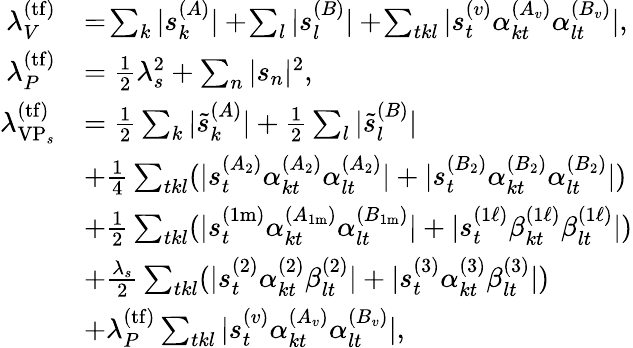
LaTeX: \begin{array}{rl}{\lambda_{V}^{(\mathrm{tf})}}&{=\! \sum_{k}|s_{k}^{(A)}|+\! \sum_{l}|s_{l}^{(B)}|+\! \sum_{tkl}|s_{t}^{(v)}\alpha_{kt}^{(A_{v})}\alpha_{lt}^{(B_{v})}|,}\\ {\lambda_{P}^{(\mathrm{tf})}}&{=\frac{1}{2}\lambda_{s}^{2}+\sum_{n}|s_{n}|^{2},}\\ {\lambda_{\mathrm{VP}_{s}}^{(\mathrm{tf})}}&{=\frac{1}{2}\sum_{k}|\tilde{s}_{k}^{(A)}|+\frac{1}{2}\sum_{l}|\tilde{s}_{l}^{(B)}|}\\ &{+\frac{1}{4}\sum_{tkl}(|s_{t}^{(A_{2})}\alpha_{kt}^{(A_{2})}\alpha_{lt}^{(A_{2})}|+|s_{t}^{(B_{2})}\alpha_{kt}^{(B_{2})}\alpha_{lt}^{(B_{2})}|)}\\ &{+\frac{1}{2}\sum_{tkl}(|s_{t}^{(1\mathrm{m})}\alpha_{kt}^{(A_{1\mathrm{m}})}\alpha_{lt}^{(B_{1\mathrm{m}})}|+|s_{t}^{(1\ell)}\beta_{kt}^{(1\ell)}\beta_{lt}^{(1\ell)}|)}\\ &{+\frac{\lambda_{s}}{2}\sum_{tkl}(|s_{t}^{(2)}\alpha_{kt}^{(2)}\beta_{lt}^{(2)}|+|s_{t}^{(3)}\alpha_{kt}^{(3)}\beta_{lt}^{(3)}|)}\\ &{+\lambda_{P}^{(\mathrm{tf})}\sum_{tkl}|s_{t}^{(v)}\alpha_{kt}^{(A_{v})}\alpha_{lt}^{(B_{v})}|,}\end{array}